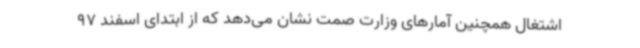
اشتغال همچنین آمارهای وزارت صمت نشان می‌دهد که از ابتدای اسفند 97